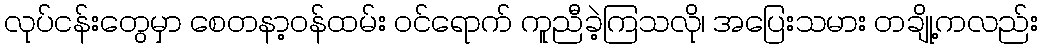
လုပ်ငန်းတွေမှာ စေတနာ့ဝန်ထမ်း ဝင်ရောက် ကူညီခဲ့ကြသလို၊ အပြေးသမား တချို့ကလည်း